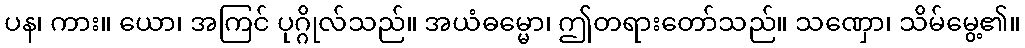
ပန၊ ကား။ ယော၊ အကြင် ပုဂ္ဂိုလ်သည်။ အယံဓမ္မော၊ ဤတရားတော်သည်။ သဏှော၊ သိမ်မွေ့၏။